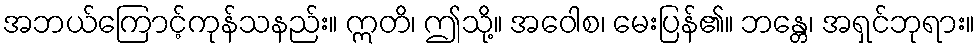
အဘယ်ကြောင့်ကုန်သနည်း။ ဣတိ၊ ဤသို့။ အဝေါစ၊ မေးပြန်၏။ ဘန္တေ၊ အရှင်ဘုရား။